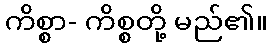
ကိစ္စာ- ကိစ္စတို့ မည်၏။